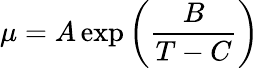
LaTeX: \mu=A\exp\left({\frac{B}{T-C}}\right)